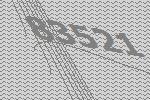
83521